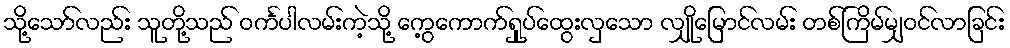
သို့သော်လည်း သူတို့သည် ဝင်္ကပါလမ်းကဲ့သို့ ကွေ့ကောက်ရှုပ်ထွေးလှသော လျှိုမြောင်လမ်း တစ်ကြိမ်မျှဝင်လာခြင်း